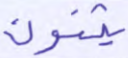
يثنون